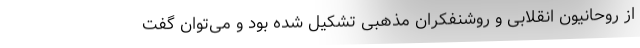
از روحانیون انقلابی و روشنفکران مذهبی تشکیل شده بود و می‌توان گفت